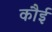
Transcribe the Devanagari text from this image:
कौई